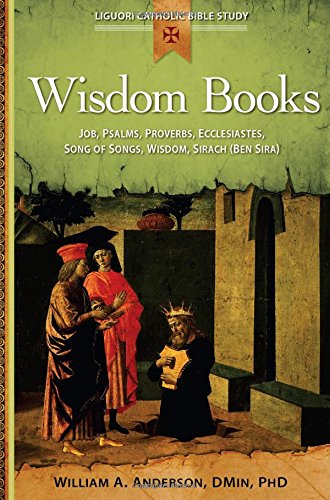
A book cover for Wisdom Books: Job, Psalms, Proverbs, Ecclesiastes, Song of Songs, Wisdom, Sirach (Ben Sira) (Liguori Catholic Bible Study); William Anderson; Christian Books & Bibles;